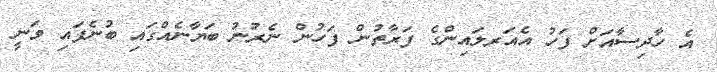
އެ ހާދިސާއަށް ފަހު އެއަރލައިންގެ ފަރާތުން ފަހުން ނެރުނު ބަޔާނެއްގައި ބުނެފައި ވަނީ